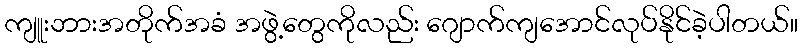
ကျူးဘားအတိုက်အခံ အဖွဲ့တွေကိုလည်း ဂျောက်ကျအောင်လုပ်နိုင်ခဲ့ပါတယ်။